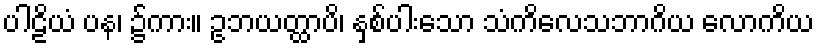
ပါဠိယံ ပန၊ ၌ကား။ ဥဘယတ္ထာပိ၊ နှစ်ပါးသော သံကိလေသဘာဂိယ လောကိယ